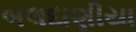
બલદાણીયા